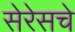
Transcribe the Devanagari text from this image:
सेरेसचे